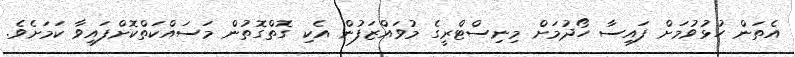
އެތަން ހުޅުވުމަށް ފައިސާ ހޯދުމަށް މިނިސްޓްރީގެ މުވައްޒަފުން އެކި ގޮތްގޮތުން މަސައްކަތްކޮށްފައިވާ ކަމަށެވެ.